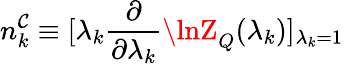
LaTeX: n_{k}^{\mathcal{C}}\equiv[\lambda_{k}{\frac{{\partial}}{{\partial\lambda_{k}}}}\lnZ_{Q}(\lambda_{k})]_{\lambda_{k}=1}